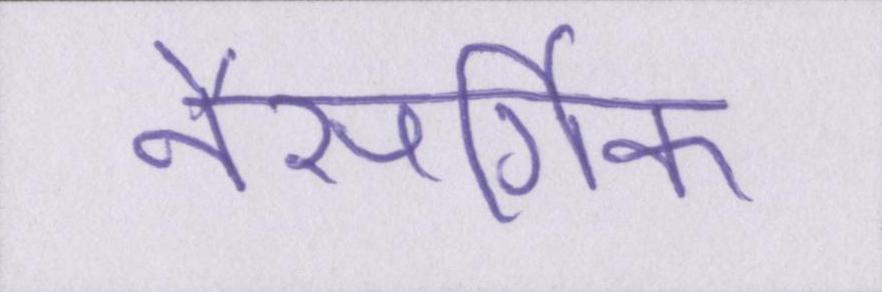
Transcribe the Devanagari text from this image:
नैसर्गिक